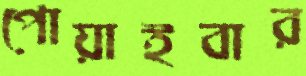
পোয়াইবার